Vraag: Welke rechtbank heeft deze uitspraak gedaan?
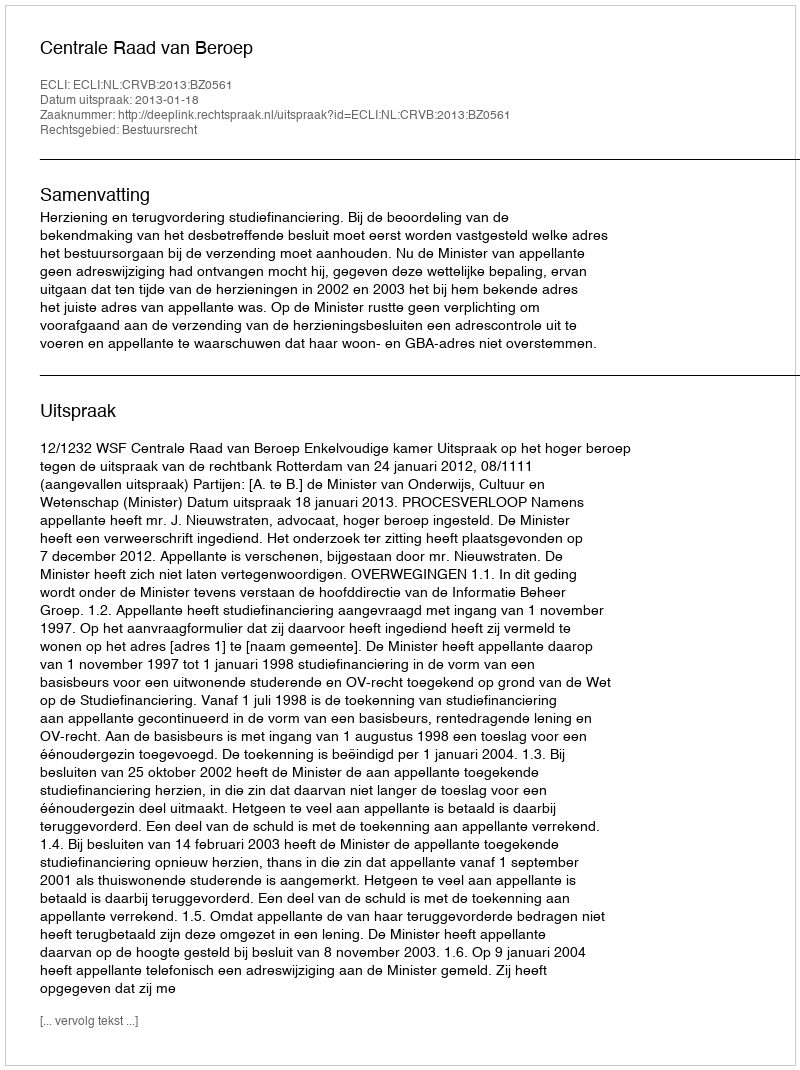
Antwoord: Centrale Raad van Beroep